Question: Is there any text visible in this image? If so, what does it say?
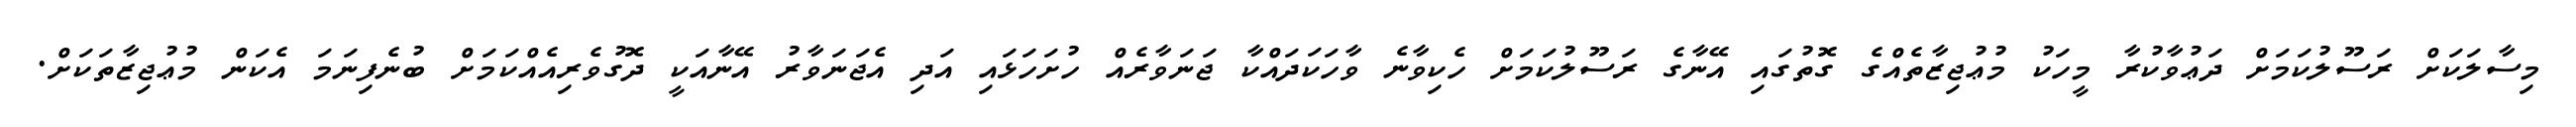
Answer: މިސާލަކަށް ރަސޫލުކަމަށް ދަޢުވާކުރާ މީހަކު މުޢުޖިޒާތެއްގެ ގޮތުގައި އޭނާގެ ރަސޫލުކަމަށް ހެކިވާނެ ވާހަކަދައްކާ ޖަނަވާރެއް ހުށަހަޅައި އަދި އެޖަނަވާރު އޭނާއަކީ ދޮގުވެރިއެއްކަމަށް ބުނެފިނަމަ އެކަން މުޢުޖިޒާތަކަށް.